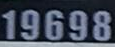
19698